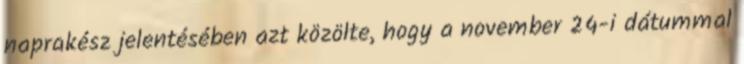
naprakész jelentésében azt közölte, hogy a november 24-i dátummal